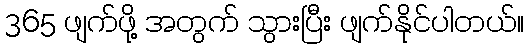
365 ဖျက်ဖို့ အတွက် သွားပြီး ဖျက်နိုင်ပါတယ်။